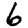
Digit: 6